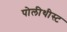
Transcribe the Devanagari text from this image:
पोलीथीस्ट